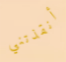
أنقذتني